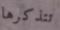
تتذكرها